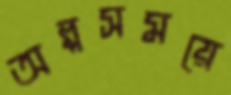
অল্পসময়ে